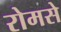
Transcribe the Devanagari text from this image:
रोमसे